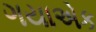
ગયાએક